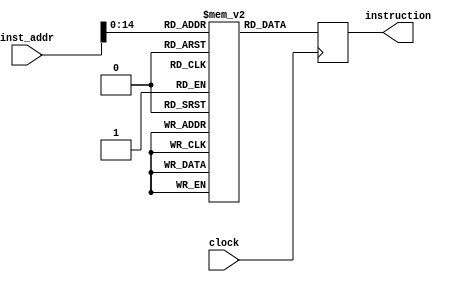
module Imem
  #(parameter INSTRUCTIONS="")
  (
    input clock,
    input [15:0] inst_addr,
    output reg [15:0] instruction
  );

  reg [15:0] mem [0:(2**15)-1];

  initial
    if (INSTRUCTIONS != "")
      $readmemb(INSTRUCTIONS, mem);

  always @(posedge clock)
    instruction <= mem[inst_addr];
endmodule